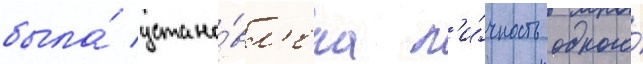
была́ устано́вл'ена л'и́чность одного́